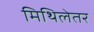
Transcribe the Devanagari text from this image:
मिथिलेतर